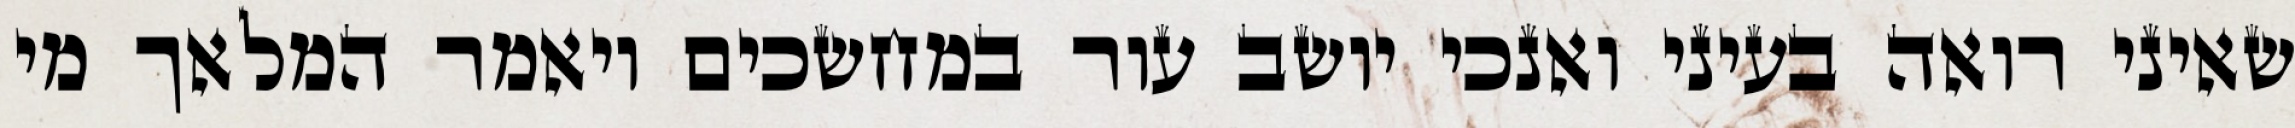
שאיני רואה בעיני ואנכי יושב עור במחשכים ויאמר המלאך מי